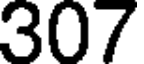
307